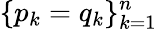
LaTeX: \{ p_{k}=q_{k}\} _{k=1}^{n}